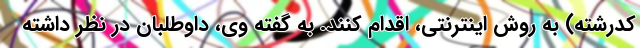
کدرشته) به روش اینترنتی، اقدام کنند. به گفته وی، داوطلبان در نظر داشته